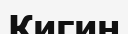
Кигин